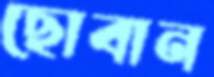
ছোবান